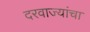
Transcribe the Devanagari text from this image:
दरवाज्यांचा